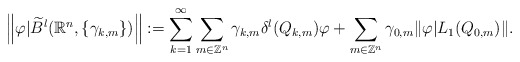
\begin{align*}\left\|\varphi|\widetilde{B}^{l}(\mathbb{R}^{n},\{\gamma_{k,m}\})\right\|:=\sum\limits_{k=1}^{\infty}\sum\limits_{m \in \mathbb{Z}^{n}}\gamma_{k,m}\delta^{l}(Q_{k,m})\varphi+\sum\limits_{m \in \mathbb{Z}^{n}}\gamma_{0,m}\|\varphi|L_{1}( Q_{0,m})\|.\end{align*}